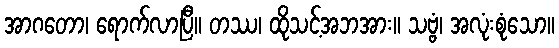
အာဂတော၊ ရောက်လာပြီ။ တဿ၊ ထိုသင့်အဘအား။ သဗ္ဗံ၊ အလုံးစုံသော။